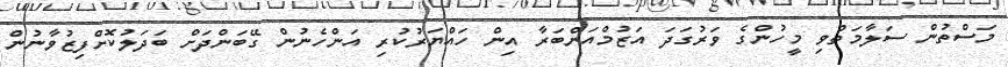
މަސްތުން ސަލާމަތްވި މީހުންގެ ވަރުގަދަ އަޒުމްއަންބަރާ އިން ހައްޔަރުކުރި އަންހެނުން ގޭބަންދަށް ބަދަލުކޮށްފިޒުވާނުން